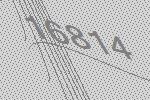
16814